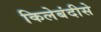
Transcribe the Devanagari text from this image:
किलेबंदीसे